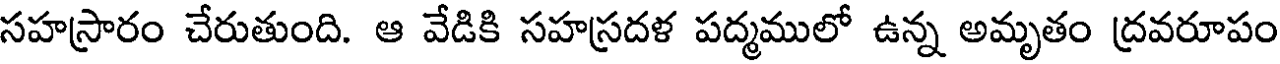
సహస్రారం చేరుతుంది. ఆ వేడికి సహస్రదళ పద్మములో ఉన్న అమృతం ద్రవరూపం